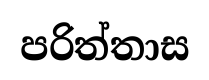
පරිත්තාස